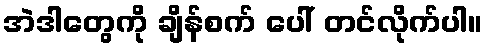
အဲဒါတွေကို ချိန်စက် ပေါ် တင်လိုက်ပါ။